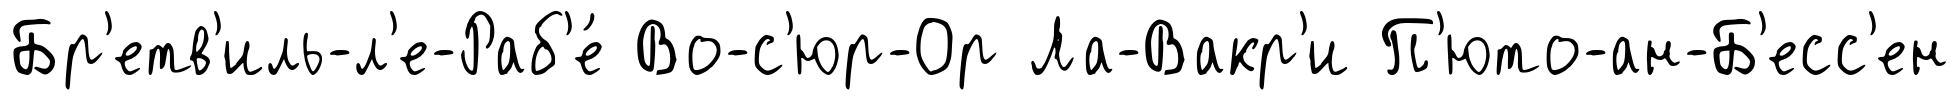
Бр'етв'иль-л'е-Раб'е́ Во-с'юр-Ор Ла-Вакр'и П'юто-ан-Б'есс'ен